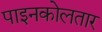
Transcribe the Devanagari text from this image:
पाइनकोलतार